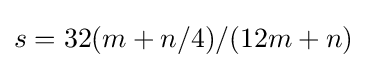
s=32(m+n/4)/(12m+n)